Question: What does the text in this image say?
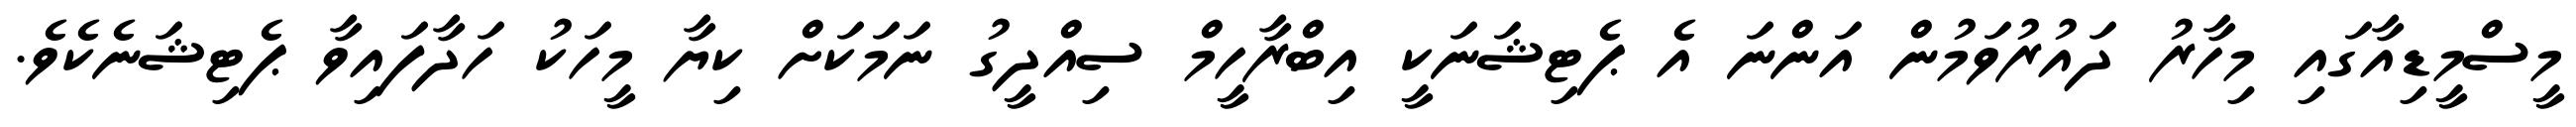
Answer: މީސްމީޑިއާގައި މިހާރު ދައުރުވަމުން އަންނަ އެ ޕެޓިޝަނަކީ އިބްރާހީމް ސިއްދީގު ނަމަކަށް ކިޔާ މީހަކު ހަދާފައިވާ ޕެޓިޝަނެކެވެ.